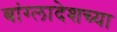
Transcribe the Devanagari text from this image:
बांग्लादेशच्या